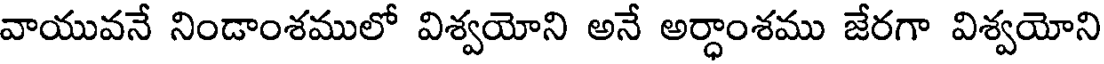
వాయువనే నిండాంశములో విశ్వయోని అనే అర్ధాంశము జేరగా విశ్వయోని